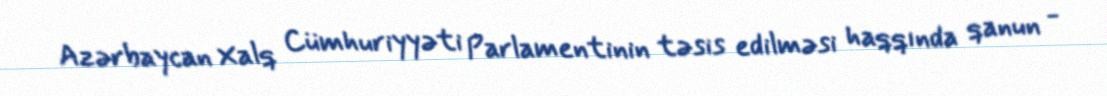
Azərbaycan Xalq Cümhuriyyəti Parlamentinin təsis edilməsi haqqında qanun -